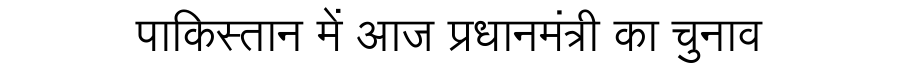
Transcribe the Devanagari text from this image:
पाकिस्तान में आज प्रधानमंत्री का चुनाव